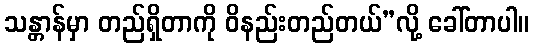
သန္တာန်မှာ တည်ရှိတာကို ဝိနည်းတည်တယ်”လို့ ခေါ်တာပါ။